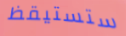
ستستيقظ